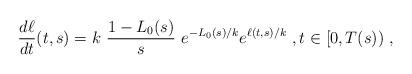
LaTeX: \begin{align*}\frac{d\ell}{dt}(t,s) = k\ \frac{1-L_0(s)}{s}\ e^{-L_0(s)/k} e^{\ell(t,s)/k}\ , t\in [0,T(s))\ ,\end{align*}